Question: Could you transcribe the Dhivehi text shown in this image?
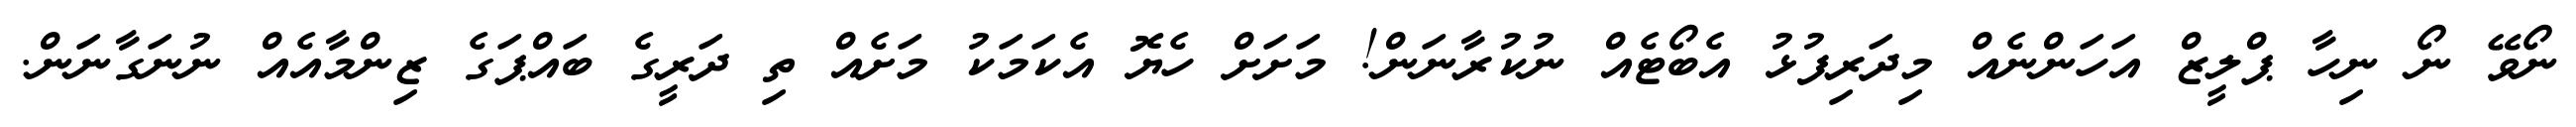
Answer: ނޯވޭ ނޯ ނިހާ ޕްލީޒް އަހަންނެއް މިދަރިފުޅު އެބޯޓެއް ނުކުރާނަން! މަށަށް ހެޔޮ އެކަމަކު މަށެއް ތި ދަރީގެ ބައްޕަގެ ޒިންމާއެއް ނުނަގާނަން.